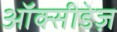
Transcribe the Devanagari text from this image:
ऑक्सीडेज़